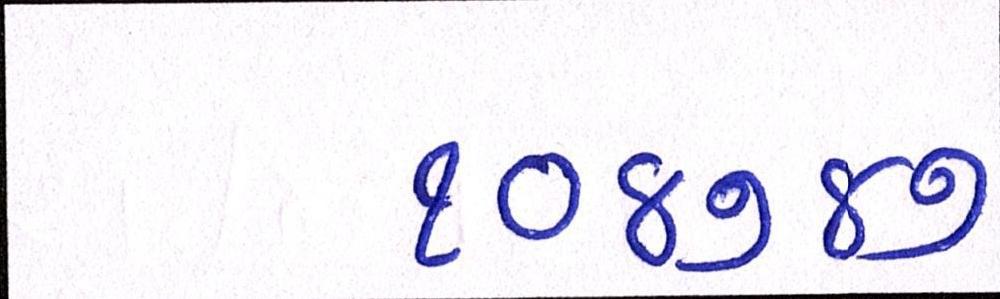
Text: ૧૦૪૭૪૭